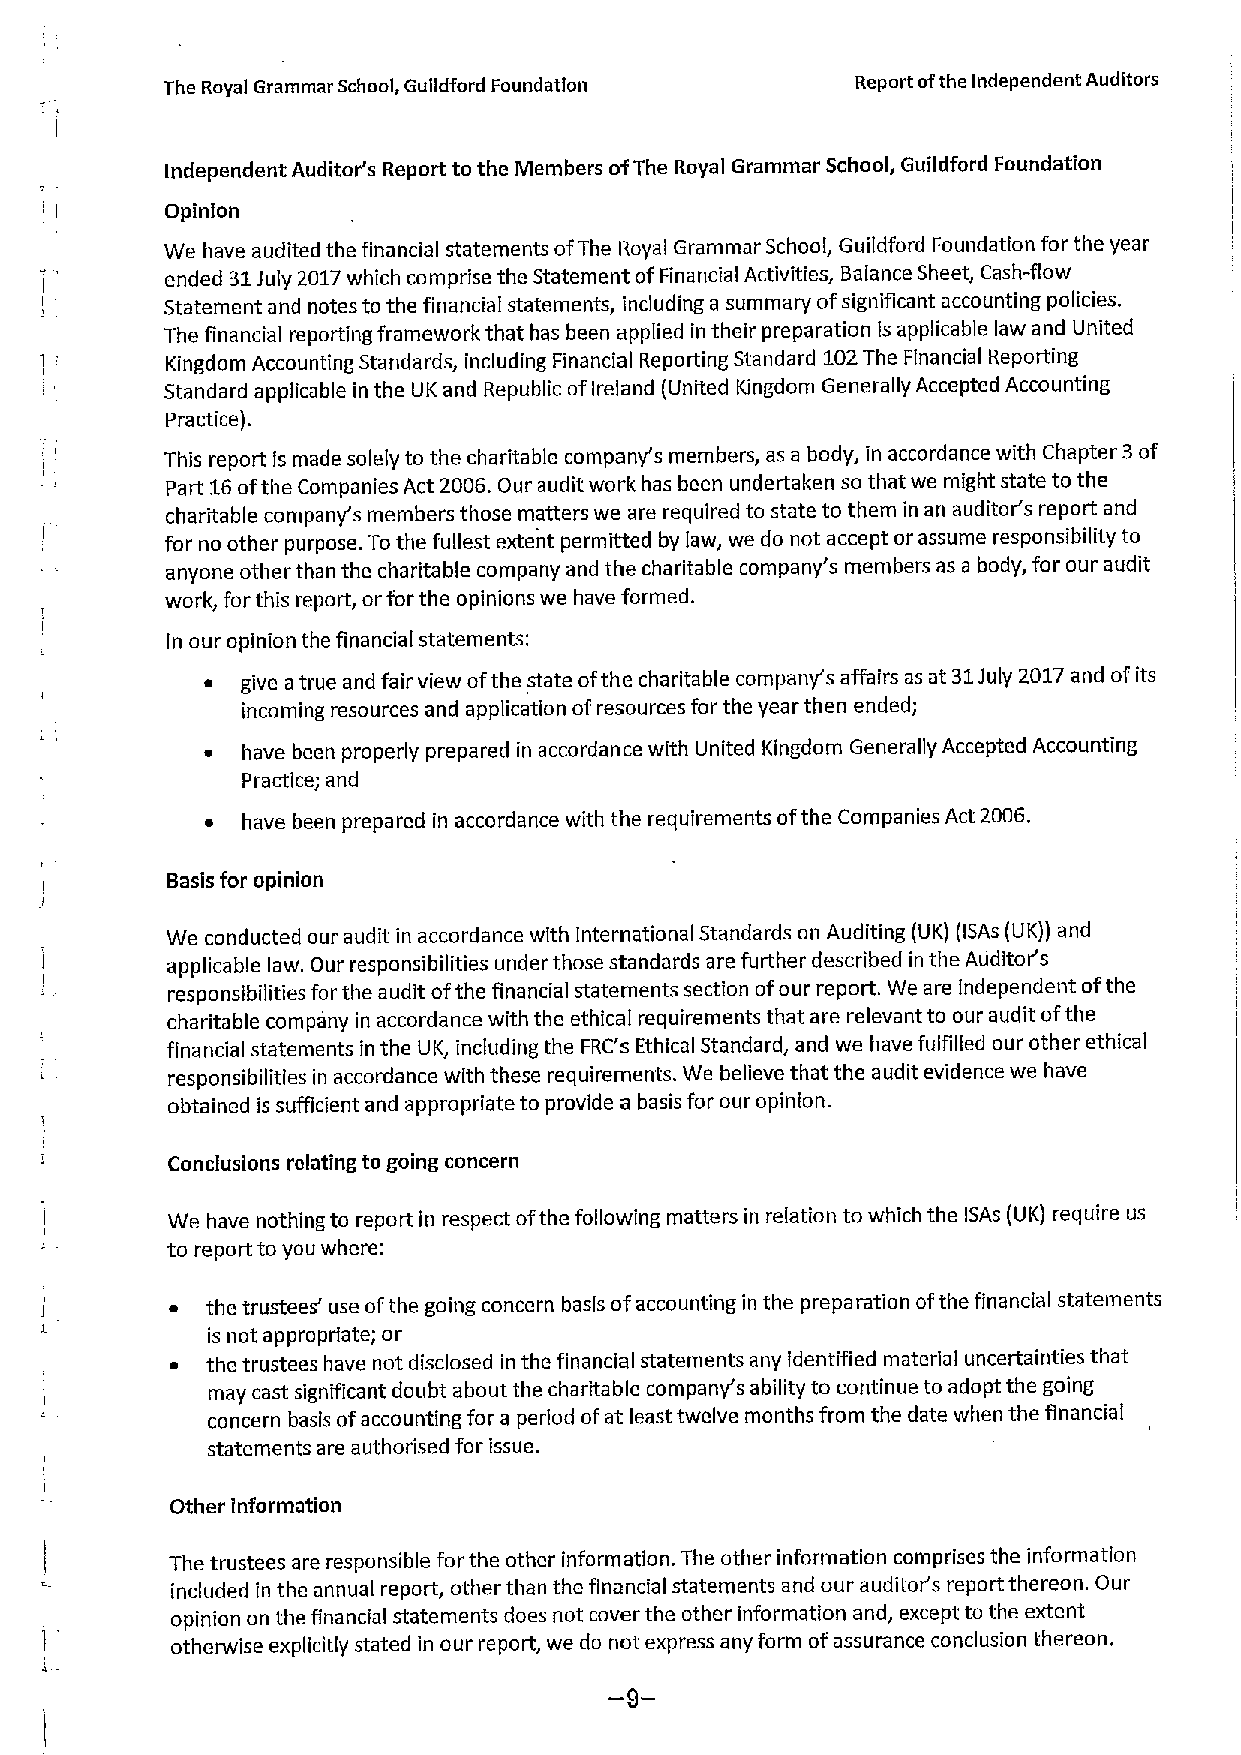
The Royal Grammar School, Gulldford Foundation Report ofthe Independent Auditors
 Independent Auditor's Report to the Members ofThe Royal Grammar School, Guildford Foundation
 Opinion
 We have audited the financial statements ofThe Royal Grammar School, Guildford Foundation for the year
 ended 31July 2017which comprise the Statement ofFinancial Activities, Balance Sheet, Cash-flow
 Statement and notes to the financial statements, including a summary ofsignificant accounting policies.
 The financial reporting framework that has been applied in their preparation is applicable law and United
 Kingdom Accounting Standards, including Financial Reporting Standard 102The Financial Reporting
 Standard applicable in the UK and Republic ofIreland (United Kingdom Generally Accepted Accounting
 Practice).
 This report is made solely to the charitable company's members, as a body, in accordance with Chapter 3of
 Part 16ofthe Companies Act 2006.Our audit work has been undertaken so that we might state to the
 charitable company's members those matters we are required to state to them in an auditor's report and
 for no other purpose. Tothe fullest extent permitted by law, we do not accept or assume responsibility to
 anyone other than the charitable company and the charitable company's members as a body, for our audit
 work, for this report, orfor the opinions we have formed.
 In our opinion the financial statements:
 ~ give atrue and fair view ofthe state ofthe charitable company's affairs as at 31July 2017and ofits
 incoming resources and application ofresources for the year then ended;
 ~ have been properly prepared in accordance with United Kingdom Generally Accepted Accounting
 Practice; and
 ~ have been prepared in accordance with the requirements ofthe Companies Act 2006.
 Basis for opinion
 We conducted our audit in accordance with International Standards on Auditing (UK) (ISAs (UK)) and
 applicable law. Our responsibilities under those standards are further described in the Auditor's
 responsibilities for the audit ofthe financial statements section ofour report. We are independent ofthe
 charitable company in accordance with the ethical requirements that are relevant to our audit ofthe
 financial statements in the UK, including the FRC's Ethical Standard, and we have fulfilled our other ethical
 responsibilities in accordance with these requirements. We believe that the audit evidence we have
 obtained is sufficient and appropriate to provide a basis for our opinion.
 Conclusions relating to going concern
 We have nothing to report in respect ofthe following matters in relation to which the ISAs (UK) require us
 to report to you where:
 ~  the trustees' use ofthe going concern basis ofaccounting in the preparation ofthe financial statements
 is not appropriate; or
 ~  the trustees have not disclosed in the financialstatements any identified material uncertainties that
 may cast significant doubt about the charitable company's ability to continue to adopt the going
 concern basis ofaccounting for a period ofat least twelve months from the date when the financial
 statements are authorised for issue.
 Other information
 The trustees are responsible for the other information. The other information comprises the information
 included in the annual report, other than the financial statements and our auditor's report thereon. Our
 opinion on the financial statements does not cover the other information and, except to the extent
 otherwise explicitly stated in our report, we do not express any form ofassurance conclusion thereon.